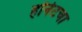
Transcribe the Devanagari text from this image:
हॉर्नेटचा